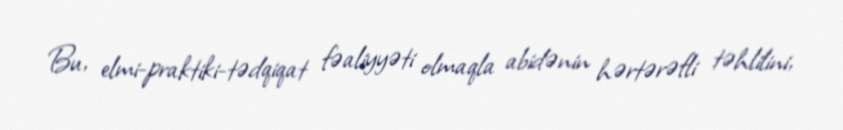
Bu, elmi-praktiki-tədqiqat fəaliyyəti olmaqla abidənin hərtərəfli təhlilini,